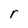
Character: r